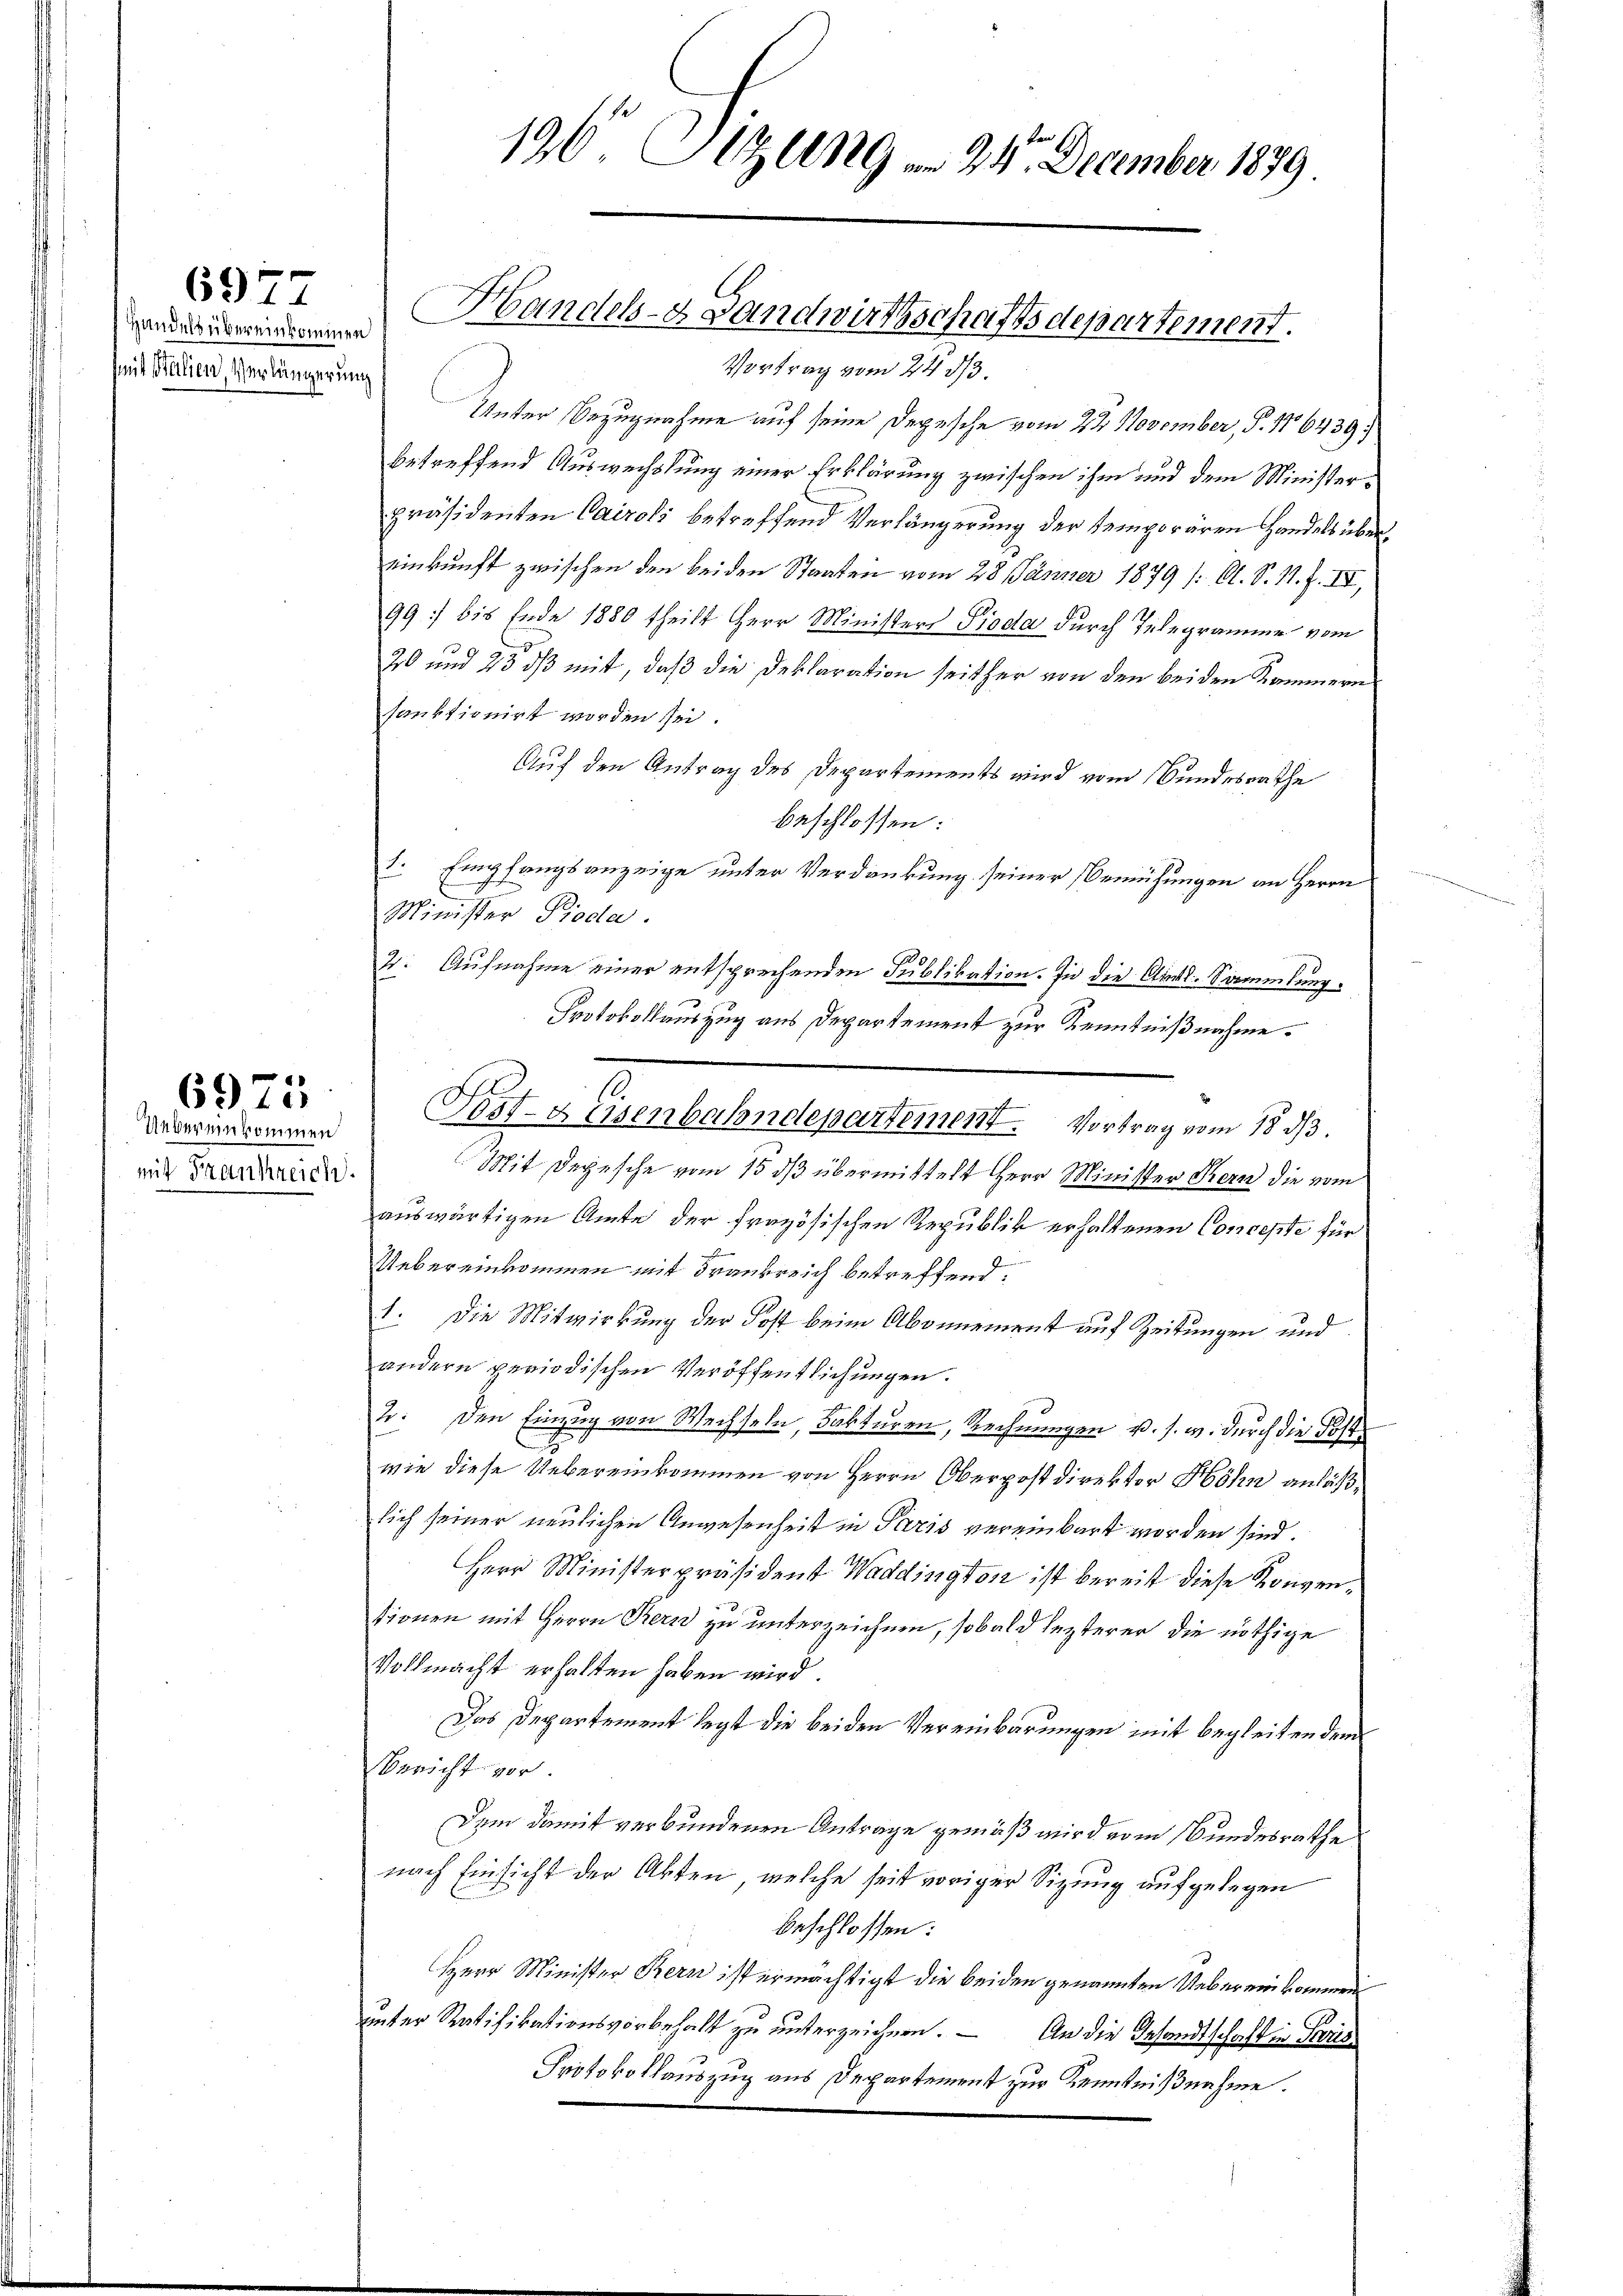
6977

Handels übereinkommen
mit Belien, Verlängerung

Uebereinkommen
mit Frankreich

6975

Unter Bezugnahme auf seine Depesche vom 22. November, P. 186439)
betreffend Auswechslung einer Erklärung zwischen ihm und dem Ministerpräsidenten Cairoli betreffend Verlängerung der temporären Handels übereinkunft zwischen den beiden Staaten vom 28. Jänner 1879 /: Cl. S. 11. f. IV,
99 bis Ende 1880 theilt Herr Ministers Pioda durch Telegramme vom
20 und 23 dß mit, daß die Deklaration seither von den beiden Kammern
sanktionirt worden sei.
Auf den Antrag des Departements wird vom Bundesrathe
beschlossen:
I. Empfangsanzeige unter Verdankung seiner Bemühungen an Herrn
E
Minister Pioda.
4. Aufnahme einer entsprechenden Publikation. In die Ausl. Sammlung.
Protokollauszug aus Departement zur Kenntnißnahme.
Mit Depesche vom 15. dβ übermittelt Herr Minister Kern die vom
auswärtigen Amte der frazösischen Republik erhaltenen Concepte für
Uebereinkommen mit Frankreich betreffend.
1. Die Mitwirkung der Post beim Abgenement auf Zeitungen und
andern periodischen Veröffentlichungen.
2. Den Einzug von Wechseln, Fakturen, Rechnungen u. s. w. durch die Postwie diese Uebereinkommen von Herrn Oberpostdirektor Höhn anläßlich seiner neulichen Anwesenheit in Paris vereinbart worden sind.
Herr Ministerpräsident Waddington ist bereit diese Konventionen mit Herrn Kern zu unterzeichnen, sobald lezterer die nöthige
Vollmacht erhalten haben wird.
Das Departement legt die beiden Vereinbarungen mit begleiten dem
Bericht vor.
Dem damit verbundenen Antrage gemäß wird vom Bundesrathe
nach Einsicht der Akten, welche seit voriger Sizung aufgelegen
beschlossen:
Herr Minister Kern ist ermächtigt die beiden genannten Uebereinkommen
unter Ratifikationsvorbehalt zu unterzeichnen. – An die Gesandtschaft in Paris
Protokollauszug aus Departement zur Kenntnißnahme.

196 Sizung 24. December 1839

Handels- Landwirthschaftsdepartement.
Vortrag vom 24. 513.

.
Post-Heisenbahndepartement. Vortrag vom 18. dβ.